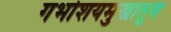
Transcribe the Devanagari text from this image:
गर्भाशयमुखातून